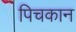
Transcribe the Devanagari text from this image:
पिचकान